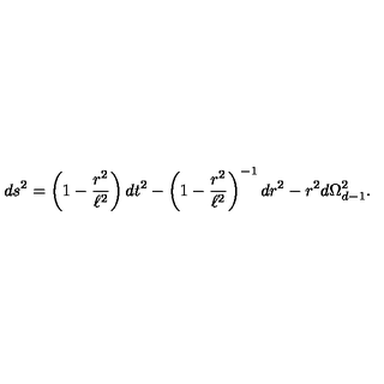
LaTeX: d s ^ { 2 } = \left( 1 - \frac { r ^ { 2 } } { \ell ^ { 2 } } \right) d t ^ { 2 } - \left( 1 - \frac { r ^ { 2 } } { \ell ^ { 2 } } \right) ^ { - 1 } d r ^ { 2 } - r ^ { 2 } d \Omega _ { d - 1 } ^ { 2 } .